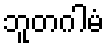
ဘူတဂါမံ